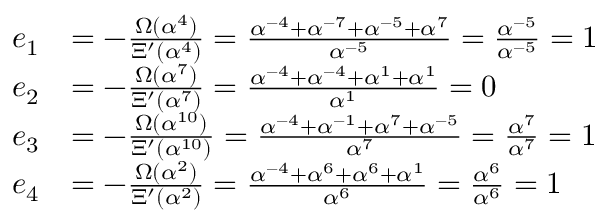
{ \begin{array} { r l } { e _ { 1 } } & { = - { \frac { \Omega ( \alpha ^ { 4 } ) } { \Xi ^ { \prime } ( \alpha ^ { 4 } ) } } = { \frac { \alpha ^ { - 4 } + \alpha ^ { - 7 } + \alpha ^ { - 5 } + \alpha ^ { 7 } } { \alpha ^ { - 5 } } } = { \frac { \alpha ^ { - 5 } } { \alpha ^ { - 5 } } } = 1 } \\ { e _ { 2 } } & { = - { \frac { \Omega ( \alpha ^ { 7 } ) } { \Xi ^ { \prime } ( \alpha ^ { 7 } ) } } = { \frac { \alpha ^ { - 4 } + \alpha ^ { - 4 } + \alpha ^ { 1 } + \alpha ^ { 1 } } { \alpha ^ { 1 } } } = 0 } \\ { e _ { 3 } } & { = - { \frac { \Omega ( \alpha ^ { 1 0 } ) } { \Xi ^ { \prime } ( \alpha ^ { 1 0 } ) } } = { \frac { \alpha ^ { - 4 } + \alpha ^ { - 1 } + \alpha ^ { 7 } + \alpha ^ { - 5 } } { \alpha ^ { 7 } } } = { \frac { \alpha ^ { 7 } } { \alpha ^ { 7 } } } = 1 } \\ { e _ { 4 } } & { = - { \frac { \Omega ( \alpha ^ { 2 } ) } { \Xi ^ { \prime } ( \alpha ^ { 2 } ) } } = { \frac { \alpha ^ { - 4 } + \alpha ^ { 6 } + \alpha ^ { 6 } + \alpha ^ { 1 } } { \alpha ^ { 6 } } } = { \frac { \alpha ^ { 6 } } { \alpha ^ { 6 } } } = 1 } \end{array} }